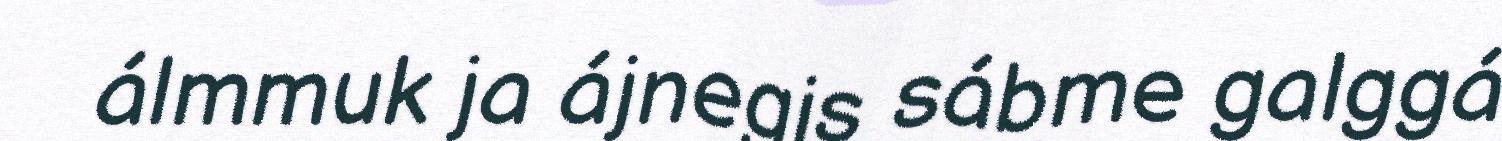
álmmuk ja ájnegis sábme galggá